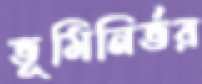
ভূমিনির্ভর